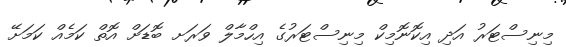
މިނިސްޓަރު އަދި އިކޮނޮމިކް މިނިސްޓަރުގެ އިހްމާލް ވަރަށ ބޮޑަށް އޮތް ކަމެއް ކަމަށޭ